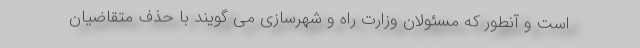
است و آنطور که مسئولان وزارت راه و شهرسازی می گویند با حذف متقاضیان